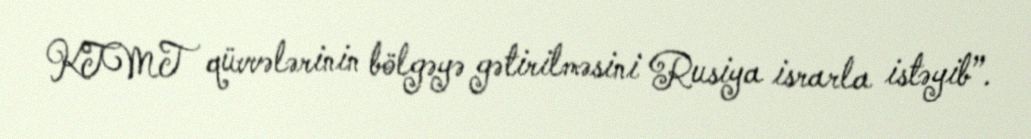
KTMT qüvvələrinin bölgəyə gətirilməsini Rusiya israrla istəyib”.